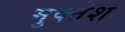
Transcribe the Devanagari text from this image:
मुक्तेश